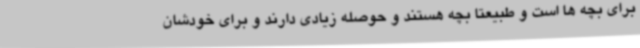
برای بچه ها است و طبیعتا بچه هستند و حوصله زیادی دارند و برای خودشان